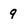
Character: 9